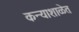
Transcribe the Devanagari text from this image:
कन्याशाळेत